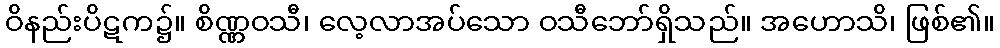
ဝိနည်းပိဋက၌။ စိဏ္ဏဝသီ၊ လေ့လာအပ်သော ဝသီဘော်ရှိသည်။ အဟောသိ၊ ဖြစ်၏။